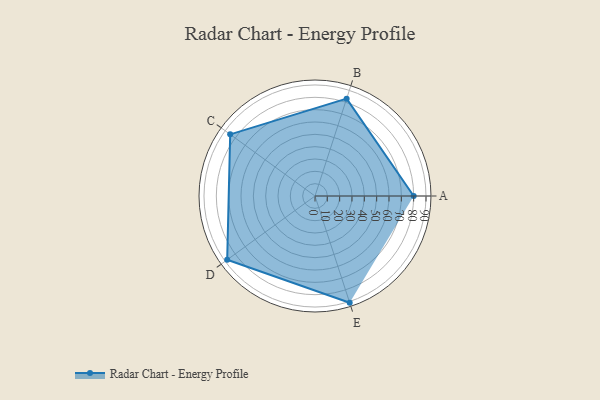
{"axis": {"x": "Skill", "y": "Score"}, "legend": ["Profile"], "data": [{"x": "A", "y": 80.0, "type": "Profile"}, {"x": "B", "y": 83.0, "type": "Profile"}, {"x": "C", "y": 85.0, "type": "Profile"}, {"x": "D", "y": 88.0, "type": "Profile"}, {"x": "E", "y": 91.0, "type": "Profile"}]}